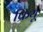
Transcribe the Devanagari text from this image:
फ्रियू